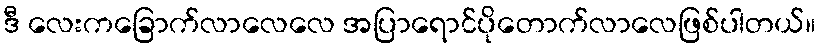
ဒီ လေးကခြောက်လာလေလေ အပြာရောင်ပိုတောက်လာလေဖြစ်ပါတယ်။